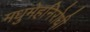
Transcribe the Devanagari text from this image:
मधुमेहनिरोधी